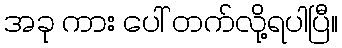
အခု ကား ပေါ် တက်လို့ရပါပြီ။